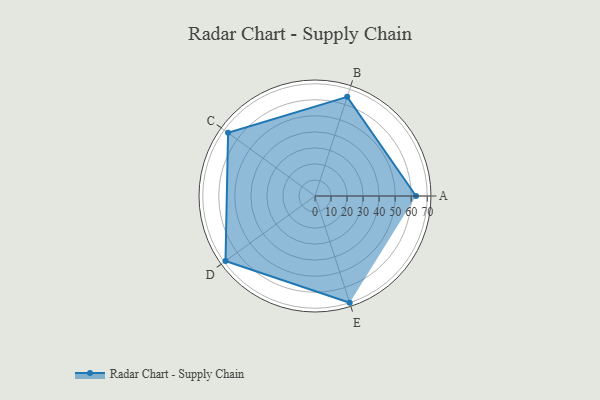
{"axis": {"x": "Skill", "y": "Score"}, "legend": ["Profile"], "data": [{"x": "A", "y": 63.0, "type": "Profile"}, {"x": "B", "y": 65.0, "type": "Profile"}, {"x": "C", "y": 67.0, "type": "Profile"}, {"x": "D", "y": 69.0, "type": "Profile"}, {"x": "E", "y": 70.0, "type": "Profile"}]}